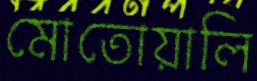
মোতোয়ালি